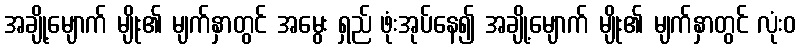
အချို့မျောက် မျိုး၏ မျက်နှာတွင် အမွေး ရှည် ဖုံးအုပ်နေ၍ အချို့မျောက် မျိုး၏ မျက်နှာတွင် လုံးဝ